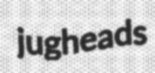
jugheads